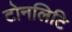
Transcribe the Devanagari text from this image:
टोनलिटि